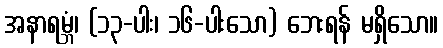
အနာရမ္ဘံ၊ (၁၃-ပါး၊ ၁၆-ပါးသော) ဘေးရန် မရှိသော။